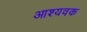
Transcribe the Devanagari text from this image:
आश्यवक